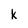
Character: k